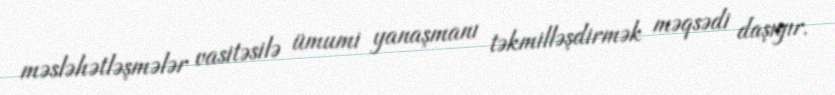
məsləhətləşmələr vasitəsilə ümumi yanaşmanı təkmilləşdirmək məqsədi daşıyır.